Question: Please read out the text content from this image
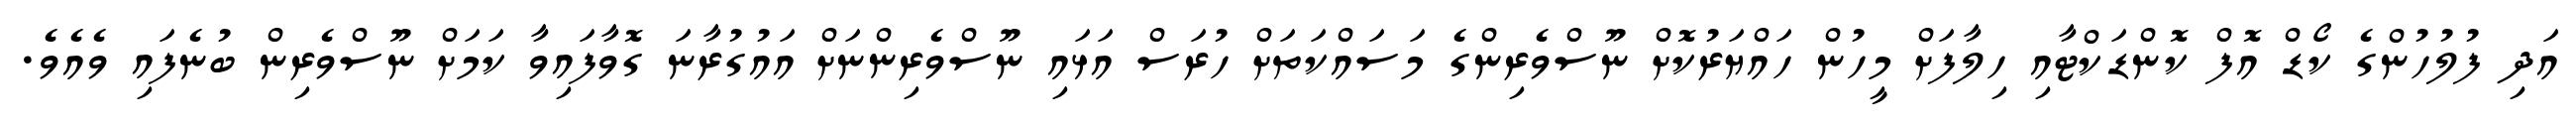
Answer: އަދި ފުލުހުންގެ ކޯޑް އޮފް ކޮންޑަކްޓާއި ހިލާފަށް މީހުން ހައްޔަރުކޮށް ނޫސްވެރިންގެ މަސައްކަތަށް ހުރަސް އަޅައި ނޫސްވެރިންނަށް އައުގުރާނަ ގޮވާފައިވާ ކަމަށް ނޫސްވެރިން ބުނެފައި ވެއެވެ.